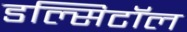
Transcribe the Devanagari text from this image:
डल्सिटॉल